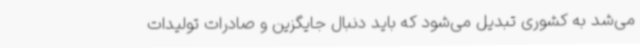
می‌شد به کشوری تبدیل می‌شود که باید دنبال جایگزین و صادرات تولیدات